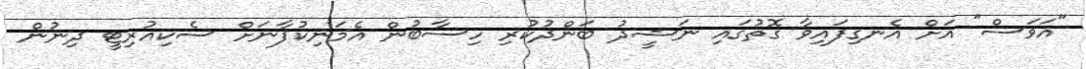
"އަވަސް" އަށް އެނގިފައިވާ ގޮތުގައި ނަޝީދު ބަންދުކުރި ހިސާބުން އެމަނިކުފާނަށް ސެކިއުރިޓީ ދިނުން